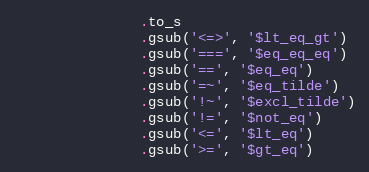
Language: Ruby
               .to_s
               .gsub('<=>', '$lt_eq_gt')
               .gsub('===', '$eq_eq_eq')
               .gsub('==', '$eq_eq')
               .gsub('=~', '$eq_tilde')
               .gsub('!~', '$excl_tilde')
               .gsub('!=', '$not_eq')
               .gsub('<=', '$lt_eq')
               .gsub('>=', '$gt_eq')